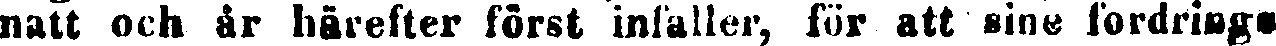
natt och år härefter först infaller, för att sine fordrings